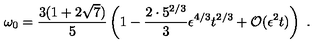
\omega _ { 0 } = { \frac { 3 ( 1 + 2 \sqrt { 7 } ) } { 5 } } \left( 1 - { \frac { 2 \cdot 5 ^ { 2 / 3 } } { 3 } } \epsilon ^ { 4 / 3 } t ^ { 2 / 3 } + { \cal O } ( \epsilon ^ { 2 } t ) \right) \ .